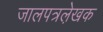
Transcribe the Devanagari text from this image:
जालपत्रले़खक